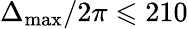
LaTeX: \Delta_{\mathrm{max}}/2\pi\leqslant 210